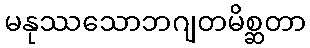
မနုဿသောဘဂျတမိစ္ဆတာ